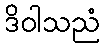
ဒိဝါသညံ